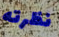
نظرته